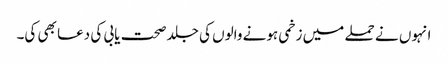
انہوں نے حملے میں زخمی ہونے والوں کی جلد صحت یابی کی دعا بھی کی۔